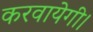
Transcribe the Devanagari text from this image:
करवायेगी।